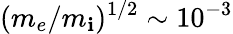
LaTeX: (m_{e}/m_{\mathbf{i}})^{1/2}\sim10^{-3}